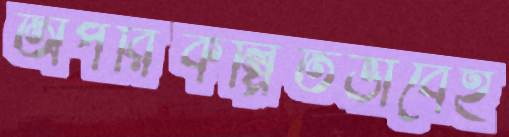
অপরিকল্পিতভাবেই